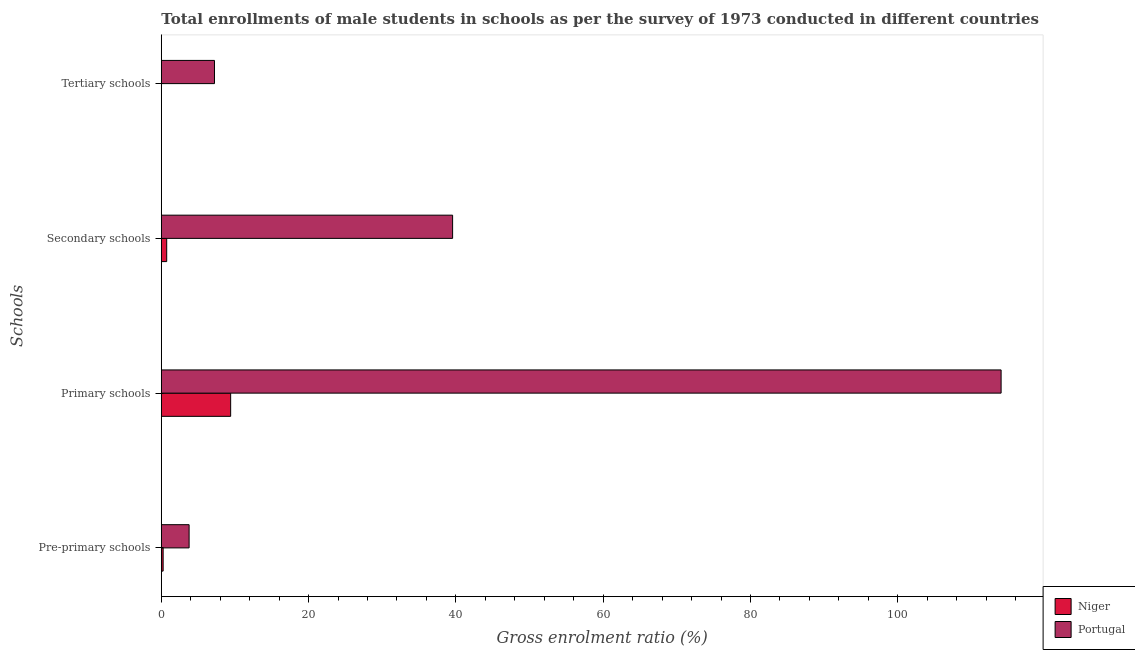
| Schools | Niger | Portugal |
 | --- | --- | --- |
 | Pre-primary schools | 0.248 | 3.77 |
 | Primary schools | 9.41 | 114 |
 | Secondary schools | 0.732 | 39.6 |
 | Tertiary schools | 0.00524 | 7.22 |